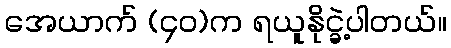
အေယာက် (၄၀)က ရယူနိုင္ခဲ့ပါတယ်။